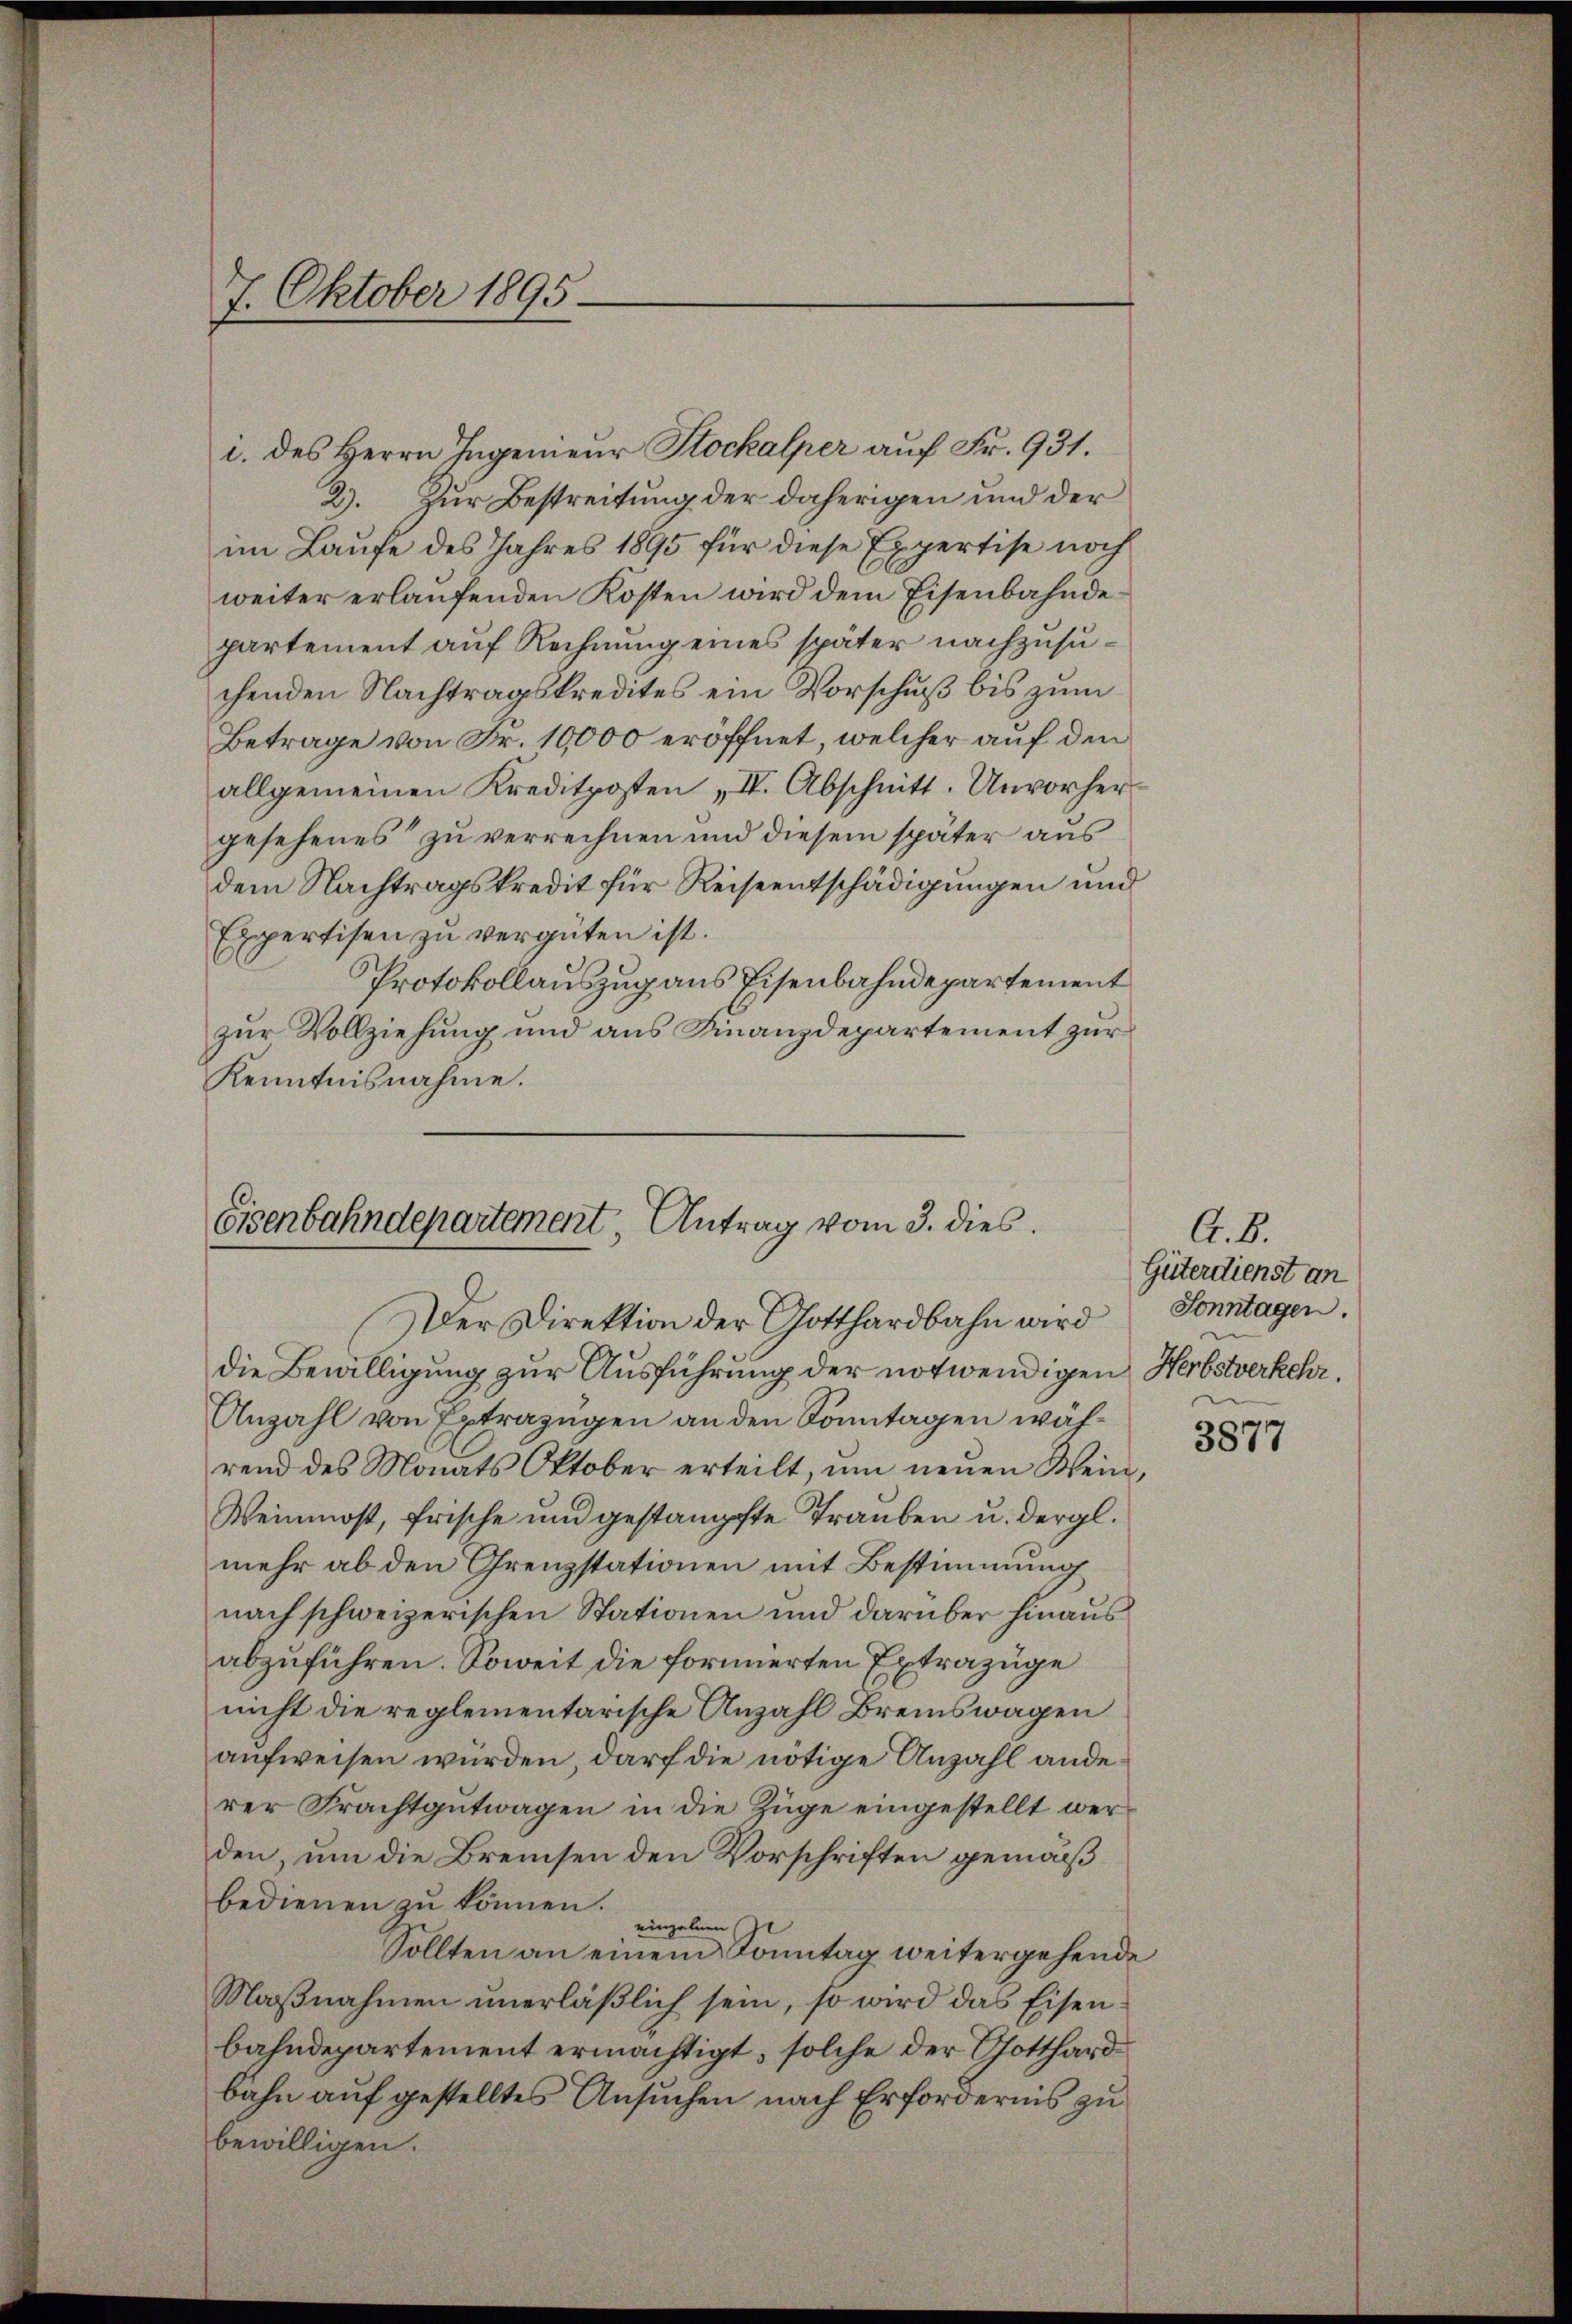
7. Oktober 1895

i. des Herrn Ingenieur Stockalper auf Fr. 931.
2). Zur Bestreitung der daherigen und der
im Laufe des Jahres 1895 für diese Expertise noch
weiter erlaufenden Kosten wird dem Eisenbahndepartement auf Rechnung eines später nachzusuchenden Nachtragskredites ein Vorschuß bis zum
Betrage von Fr. 10,000 eröffnet, welcher auf den
allgemeinen Kreditposten „IV. Abschnitt. Unvorher-
gesehenes zu verrechnen und diesem später aus
dem Nachtragskredit für Reiseentschädigungen und
Expertisen zu vergüten ist.
Protokollauszug aus Eisenbahndepartement
zur Vollziehung und aus Finanzdepartement zur
Kenntnisnahme.
Eisenbahndepartement, Antrag vom 3. dies

Der Direktion der Gotthardbahn wird
die Bewilligung zur Ausführung der notwendigen Herbstverkehr.
Anzahl von Extrazügen an den Sonntagen während des Monats Oktober erteilt, um neŭen Wein,
Weinmost, frische und gestampfte Trauben u. dergl.
mehr ab den Grenzstationen mit Bestimmung
nach schweizerischen Stationen und darüber hinaus
abzuführen. Soweit die formierten Extrazüge
nicht die reglementarische Anzahl Bremswagen
aufweisen würden, darf die nötige Anzahl anderer Frachtgutwagen in die Züge eingestellt werden, um die Bremsen den Vorschriften gemäß
bedienen zŭ können.
einzelnen
Sollten an einem Sonntag weitergehende
Maβnahmen unerläßlich sein, so wird das Eisenbahndepartement ermächtigt, solche der Gotthardbahn auf gestelltes Ansuchen nach Erfordernis zu
bewilligen.

A. B.
Güterdienst an
Sonntagen.

3877